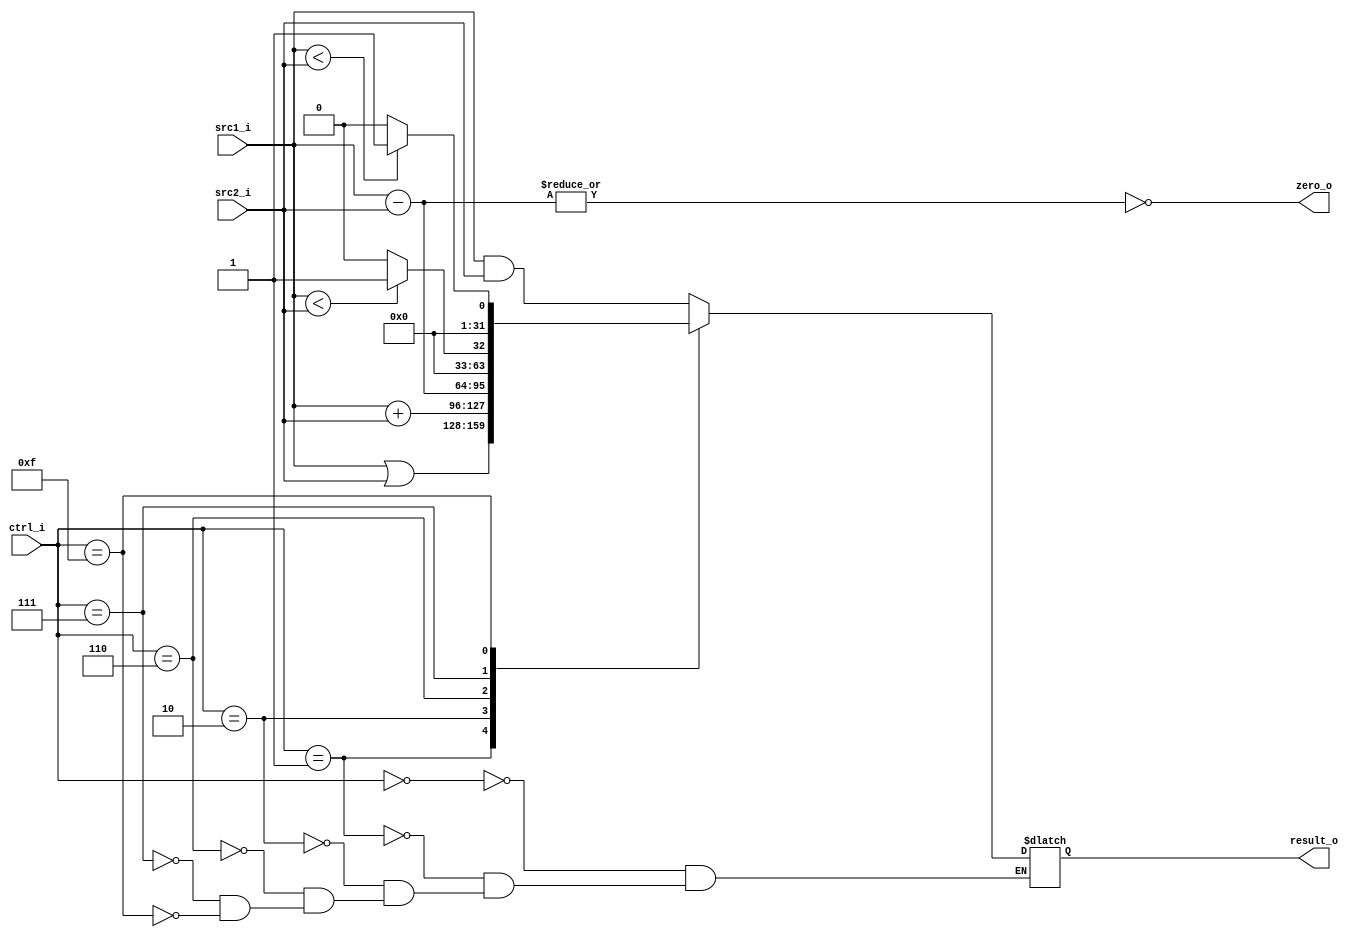

module ALU(
    src1_i,
    src2_i,
    ctrl_i,
    result_o,
    zero_o
    );

//I/O ports
input  [32-1:0]  src1_i;
input  [32-1:0]	 src2_i;
input  [4-1:0]   ctrl_i;

output [32-1:0]	 result_o;
output           zero_o;

//Internal signals
reg    [32-1:0]  result_o;
reg             zero_o;

wire [32-1:0] AND;
wire [32-1:0] OR;
wire [32-1:0] ADD;
wire [32-1:0] SUB;
wire [32-1:0] lt;
wire [32-1:0] ult;

wire signed [32-1:0] ssrc1_i;
wire signed [32-1:0] ssrc2_i;

assign ssrc1_i=src1_i;
assign ssrc2_i=src2_i;

assign AND=src1_i&src2_i;
assign OR=src1_i|src2_i;
assign ADD=src1_i+src2_i;
assign SUB=src1_i-src2_i;
assign lt=(ssrc1_i<ssrc2_i) ? 1 : 0;
assign ult=(src1_i<src2_i)  ? 1 : 0;


always @(*)
    begin
        case(ctrl_i)
        4'b0000:result_o<=AND;
        4'b0001:result_o<=OR;
        4'b0010:result_o<=ADD;
        4'b0110:result_o<=SUB;
        4'b0111:result_o<=lt;
        4'b1111:result_o<=ult;
        endcase
        zero_o<=~|SUB;
    end

endmodule